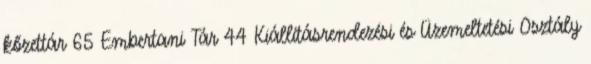
kőzettár 65 Embertani Tár 44 Kiállításrendezési és Üzemeltetési Osztály